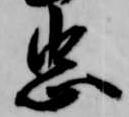
忠